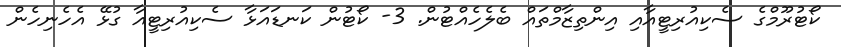
ކޯޓުރޫމްގެ ސެކިއުރިޓީއާއި އިންތިޒާމްތައް ބެލެހެއްޓުން. 3- ކޯޓުން ކަނޑައަޅާ ސެކިއުރިޓީއާ ގުޅޭ އެހެނިހެން